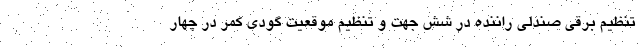
تنظیم برقی صندلی راننده در شش جهت و تنظیم موقعیت گودی کمر در چهار